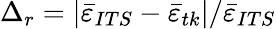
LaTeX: \Delta_{r}=\left|\bar{\varepsilon}_{ITS}-\bar{\varepsilon}_{tk}\right|/\bar{\varepsilon}_{ITS}